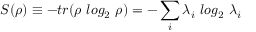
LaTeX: S ( \rho ) \equiv - t r ( \rho \ l o g _ { 2 } \ \rho ) = - \sum _ { i } \lambda _ { i } \ l o g _ { 2 } \ \lambda _ { i }